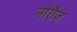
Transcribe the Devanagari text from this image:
नोरौज